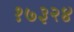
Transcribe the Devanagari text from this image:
१७३२४